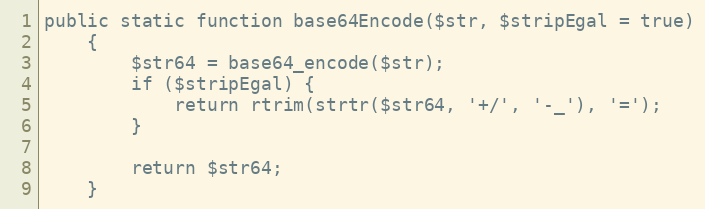
Language: PHP
public static function base64Encode($str, $stripEgal = true)
    {
        $str64 = base64_encode($str);
        if ($stripEgal) {
            return rtrim(strtr($str64, '+/', '-_'), '=');
        }

        return $str64;
    }